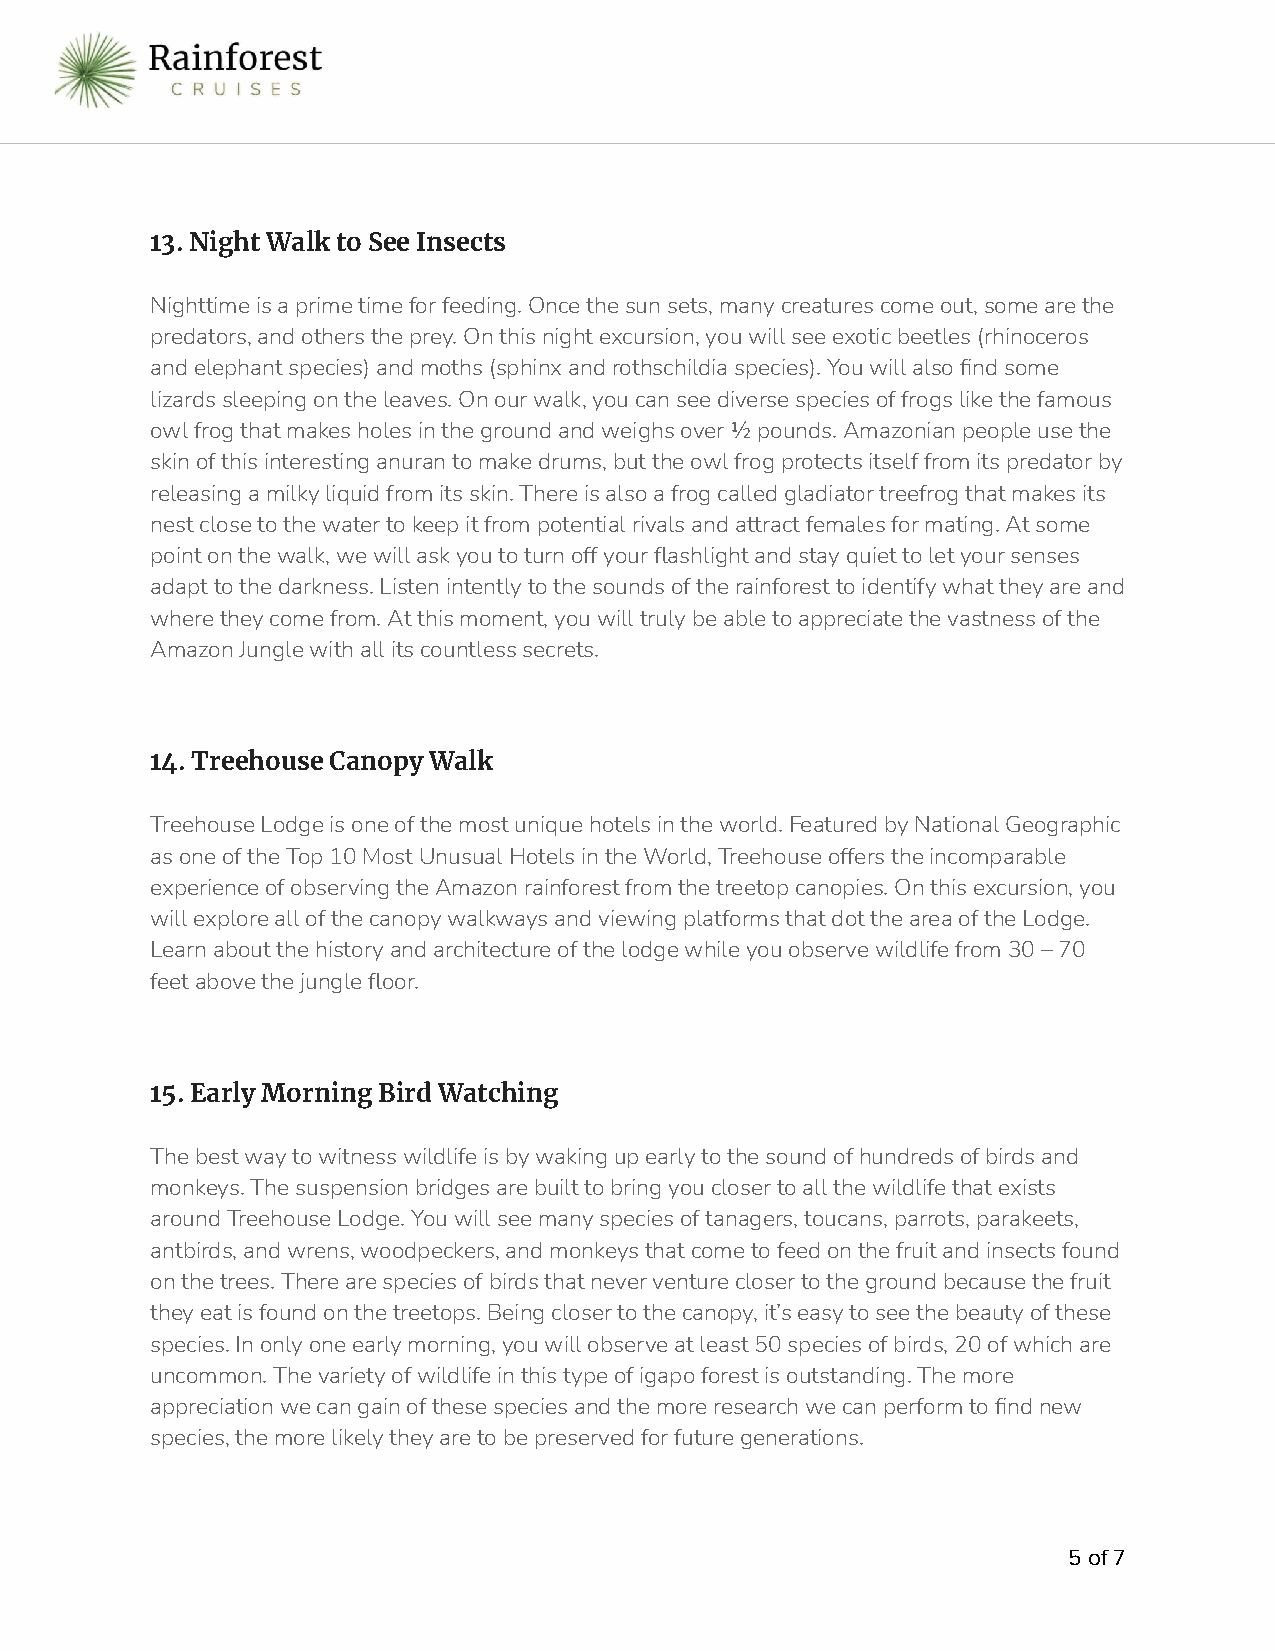
13. Night Walk to See Insects
 Nighttime is a prime time for feeding. Once the sunsets, many creatures come out, some are the
 predators, and others the prey. On this night excursion,you will see exotic beetles (rhinoceros
 and elephant species) and moths (sphinx and rothschildiaspecies). You will also find some
 lizards sleeping on the leaves. On our walk, you cansee diverse species of frogs like the famous
 owl frog that makes holes in the ground and weighsover ½ pounds. Amazonian people use the
 skin of this interesting anuran to make drums, butthe owl frog protects itself from its predator by
 releasing a milky liquid from its skin. There is alsoa frog called gladiator treefrog that makes its
 nest close to the water to keep it from potentialrivals and attract females for mating. At some
 point on the walk, we will ask you to turn off yourflashlight and stay quiet to let your senses
 adapt to the darkness. Listen intently to the soundsof the rainforest to identify what they are and
 where they come from. At this moment, you will trulybe able to appreciate the vastness of the
 Amazon Jungle with all its countless secrets.
 14. Treehouse Canopy Walk
 Treehouse Lodge is one of the most unique hotels inthe world. Featured by National Geographic
 as one of the Top 10 Most Unusual Hotels in the World,Treehouse offers the incomparable
 experience of observing the Amazon rainforest fromthe treetop canopies. On this excursion, you
 will explore all of the canopy walkways and viewingplatforms that dot the area of the Lodge.
 Learn about the history and architecture of the lodgewhile you observe wildlife from 30 – 70
 feet above the jungle floor.
 15. Early Morning Bird Watching
 The best way to witness wildlife is by waking up earlyto the sound of hundreds of birds and
 monkeys. The suspension bridges are built to bringyou closer to all the wildlife that exists
 around Treehouse Lodge. You will see many speciesof tanagers, toucans, parrots, parakeets,
 antbirds, and wrens, woodpeckers, and monkeys thatcome to feed on the fruit and insects found
 on the trees. There are species of birds that neverventure closer to the ground because the fruit
 they eat is found on the treetops. Being closer tothe canopy, it’s easy to see the beauty of these
 species. In only one early morning, you will observeat least 50 species of birds, 20 of which are
 uncommon. The variety of wildlife in this type ofigapo forest is outstanding. The more
 appreciation we can gain of these species and themore research we can perform to find new
 species, the more likely they are to be preservedfor future generations.
 5of 7